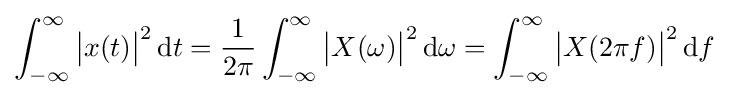
\int _{-\infty }^{\infty }{\bigl |}x(t){\bigr |}^{2}\,\mathrm {d} t={\frac {1}{2\pi }}\int _{-\infty }^{\infty }{\bigl |}X(\omega ){\bigr |}^{2}\,\mathrm {d} \omega =\int _{-\infty }^{\infty }{\bigl |}X(2\pi f){\bigr |}^{2}\,\mathrm {d} f